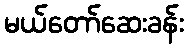
မယ်တော်ဆေးခန်း